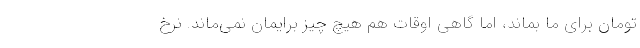
تومان برای ما بماند، اما گاهی اوقات هم هیچ چیز برایمان نمی‌ماند. نرخ